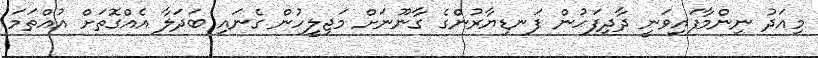
މިއަދު ނިންމާފައިވަނީ ދާދިފަހުން ފަނޑިޔާރުންގެ ގާނޫނަށް މަޖިލީހުން ގެނައި ބަދަލާ އެއްގޮތަށް އުއްތަމަ